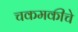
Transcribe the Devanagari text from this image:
चकमकीचे